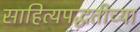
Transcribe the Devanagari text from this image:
साहित्यपद्धतीच्या